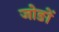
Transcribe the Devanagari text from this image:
जोङों